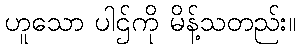
ဟူသော ပါဌ်ကို မိန့်သတည်း။